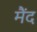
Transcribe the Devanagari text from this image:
मैंद